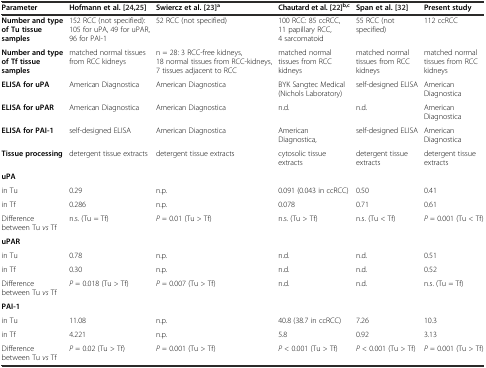
| Parameter | Hofmann et al. [24],[25] | Swiercz et al. [23]a | Chautard et al. [22]b,c | Span et al. [32] | Present study |
 | --- | --- | --- | --- | --- | --- |
 | Number and type of Tu tissue samples | 152 RCC (not specified): 105 for uPA, 49 for uPAR, 96 for PAI-1 | 52 RCC (not specified) | 100 RCC: 85 ccRCC, 11 papillary RCC, 4 sarcomatoid | 55 RCC (not specified) | 112 ccRCC |
 | Number and type of Tf tissue samples | matched normal tissues from RCC kidneys | n = 28: 3 RCC-free kidneys, 18 normal tissues from RCC-kidneys, 7 tissues adjacent to RCC | matched normal tissues from RCC kidneys | matched normal tissues from RCC kidneys | matched normal tissues from RCC kidneys |
 | ELISA for uPA | American Diagnostica | American Diagnostica | BYK Sangtec Medical (Nichols Laboratory) | self-designed ELISA | American Diagnostica |
 | ELISA for uPAR | American Diagnostica | American Diagnostica | n.d. | n.d. | American Diagnostica |
 | ELISA for PAI-1 | self-designed ELISA | American Diagnostica | American Diagnostica, | self-designed ELISA | American Diagnostica |
 | Tissue processing | detergent tissue extracts | detergent tissue extracts | cytosolic tissue extracts | detergent tissue extracts | detergent tissue extracts |
 | uPA |  |  |  |  |  |
 | in Tu | 0.29 | n.p. | 0.091 (0.043 in ccRCC) | 0.50 | 0.41 |
 | in Tf | 0.286 | n.p. | 0.078 | 0.71 | 0.61 |
 | Difference between Tu vs Tf | n.s. (Tu = Tf) | P = 0.01 (Tu > Tf) | n.s. (Tu > Tf) | n.s. (Tu < Tf) | P = 0.001 (Tu < Tf) |
 | uPAR |  |  |  |  |  |
 | in Tu | 0.78 | n.p. | n.d. | n.d. | 0.51 |
 | in Tf | 0.30 | n.p. | n.d. | n.d. | 0.52 |
 | Difference between Tu vs Tf | P = 0.018 (Tu > Tf) | P = 0.007 (Tu > Tf) | n.d. | n.d. | n.s. (Tu = Tf) |
 | PAI-1 |  |  |  |  |  |
 | in Tu | 11.08 | n.p. | 40.8 (38.7 in ccRCC) | 7.26 | 10.3 |
 | in Tf | 4.221 | n.p. | 5.8 | 0.92 | 3.13 |
 | Difference between Tu vs Tf | P = 0.02 (Tu > Tf) | P = 0.001 (Tu > Tf) | P < 0.001 (Tu > Tf) | P < 0.001 (Tu > Tf) | P = 0.001 (Tu > Tf) |